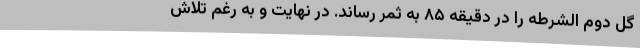
گل دوم الشرطه را در دقیقه ۸۵ به ثمر رساند. در نهایت و به رغم تلاش